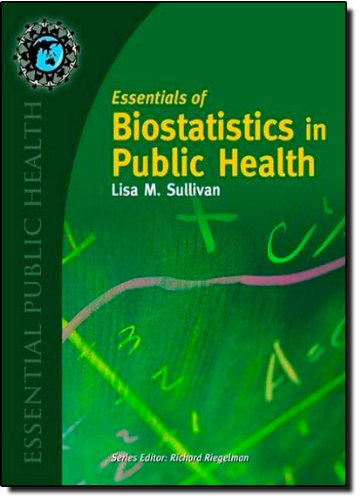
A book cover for Essentials of Biostatistics in Public Health (Essential Public Health); Lisa M. Sullivan; Medical Books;